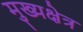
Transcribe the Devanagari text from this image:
मुख्यक्षेत्र